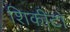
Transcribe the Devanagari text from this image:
शिकीटो